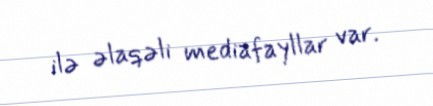
ilə əlaqəli mediafayllar var.